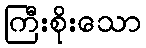
ကြီးစိုးသော